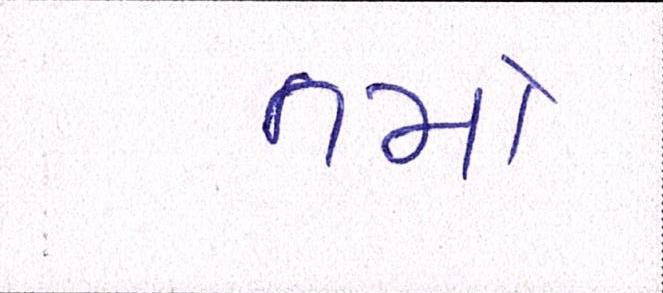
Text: તમો